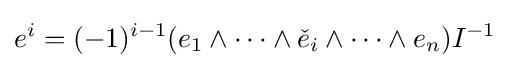
e^{i}=(-1)^{i-1}(e_{1}\wedge \cdots \wedge {\check {e}}_{i}\wedge \cdots \wedge e_{n})I^{-1}